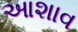
આશાવ